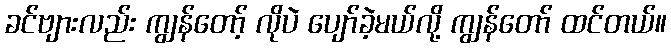
ခင်ဗျားလည်း ကျွန်တော့် လိုပဲ ပျော်ခဲ့မယ်လို့ ကျွန်တော် ထင်တယ်။